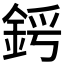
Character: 𨦜